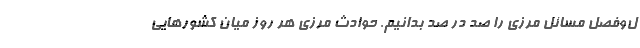
ل‌وفصل مسائل مرزي را صد در صد بدانيم. حوادث مرزي هر روز ميان كشورهايي